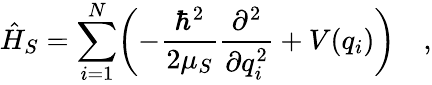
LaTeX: \hat{H}_{S}=\sum_{i=1}^{N}\biggl(-\frac{\hbar^{2}}{2\mu_{S}}\frac{\partial^{2}}{\partial q_{i}^{2}}+V(q_{i})\biggr)\quad,